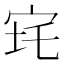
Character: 𡧪